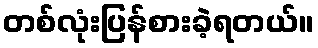
တစ်လုံးပြန်စားခဲ့ရတယ်။